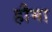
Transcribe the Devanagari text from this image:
हौमा